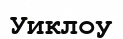
Уиклоу